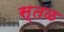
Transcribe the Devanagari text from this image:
स्तळ